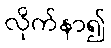
လိုက်နာ၍